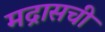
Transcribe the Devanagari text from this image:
मद्रासची